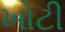
ખોટી